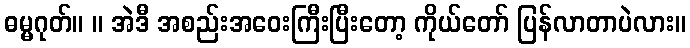
ဓမ္မဂုတ်။ ။ အဲဒီ အစည်းအဝေးကြီးပြီးတော့ ကိုယ်တော် ပြန်လာတာပဲလား။